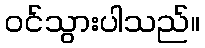
ဝင်သွားပါသည်။